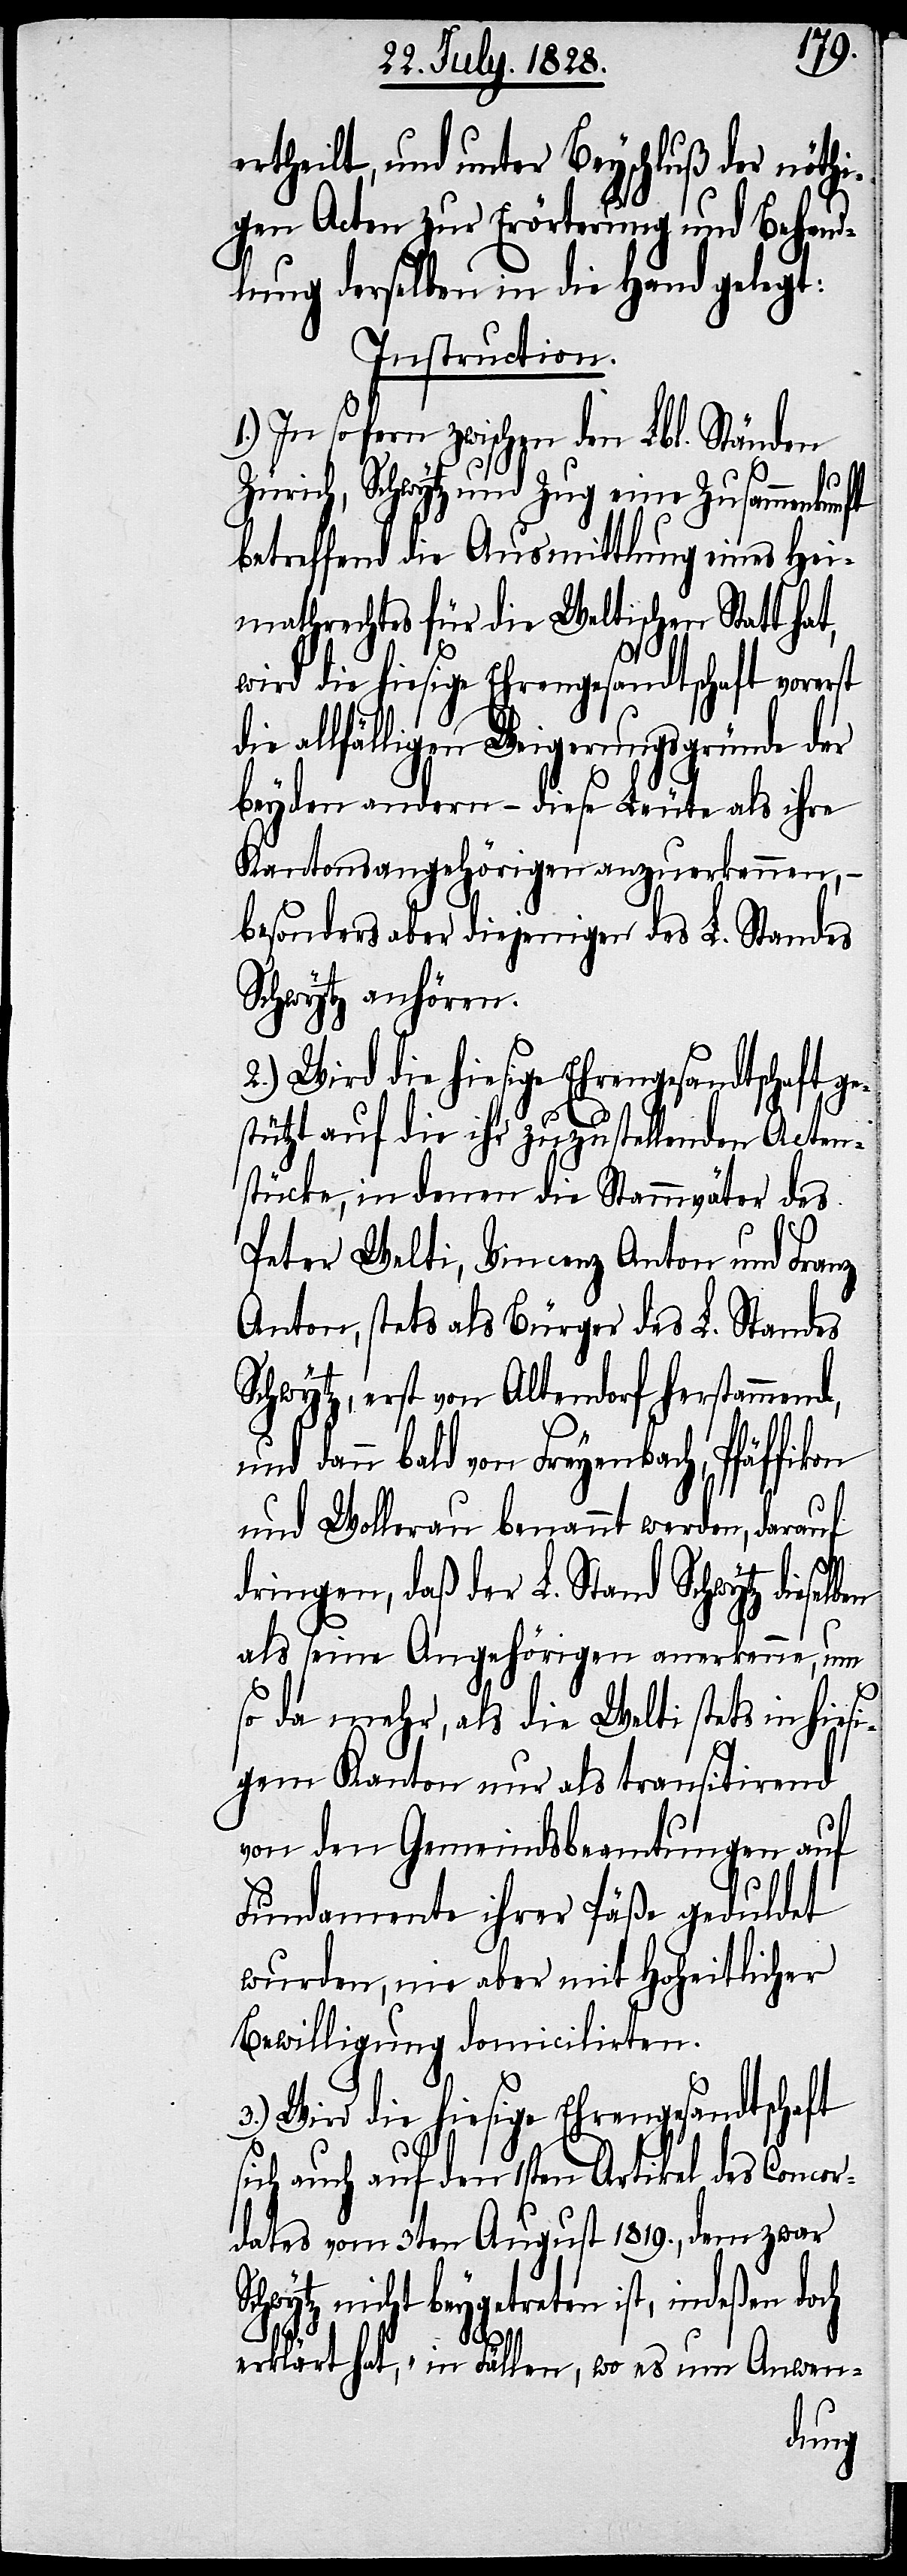
ertheilt, und unter Beyschluß der nöthi¬
gen Acten zur Erörterung und Behand¬
lung derselben in die Hand gelegt.
Instruction.
1.) In so fern zwischen den Lbl. Ständen
Zürich, Schwytz und Zug eine Zusammenkunft
betreffend die Ausmittlung eines Hei¬
mathrechtes für die Weltischen Statt ha¬
wird die hiesige Ehrengesandtschaft vorerst
ie allfälligen Weigerungsgründe der
beyden andern – diese Leute als ihre
Kantonsangehörigen anzuerkennen, –
besonders aber diejenige des L. Standes
Schwytz anhören.
2.) Wird die hiesige Ehrengesandtschaft ge¬
stützt auf die ihr zuzustellenden Acten¬
stücke, in denen die Stammväter des
Peter Welti, Vincenz Anton und Franz
Anton, stets als Bürger des L. Standes
Schwytz, erst von Altendorf herstammend,
dann bald von Freyenbach, Pfäffikon
und Wollerau benannt werden, darauf
dringen, daß der L. Stand Schwytz diesel¬
als seine Angehörigen anerkenne, um
so da mehr, als die Welti stets in hiesi¬
gem Kanton nur als transitirend
von den Gemeindsbeamtungen auf
Fundamente ihrer Päße geduldet
wurden, nie aber mit Hoheitlicher
Bewilligung domicilirten.
3.) Wird die hiesige Ehrengesandtschaft
sich auch auf den 1sten Artikel des Concor¬
dates vom 3ten August 1819., dem zwar
nicht beygetreten ist, indeßen do¬
ch
erklärt hat, „in Fällen, wo es um Anwen-